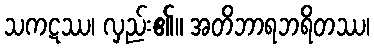
သကဋဿ၊ လှည်း၏။ အတိဘာရဘရိတဿ၊